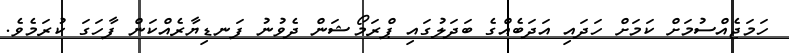
ހަމަޖެއްސުމަށް ކަމަށް ހަދައި އަދަބެއްގެ ބަދަލުގައި ޕްރަމޯޝަން ދެވުނު ފަނޑިޔާރެއްކަން ފާހަގަ ކުރަމެވެ.